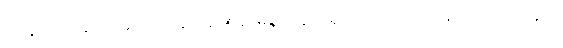
သဠာယတနံ၊ သဠာယတနသည်။ နာမရူပံ၊ နာမ်ရုပ်သည်။ ဝိညာဏံ၊ ဝိညာဉ်သည်။